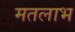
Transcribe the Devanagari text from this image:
मतलाभ